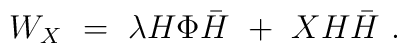
W_X\ =\ \lambda	H\Phi  {\bar H}\ +\ XH{\bar H}   \ .